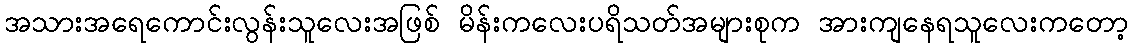
အသားအရေကောင်းလွန်းသူလေးအဖြစ် မိန်းကလေးပရိသတ်အများစုက အားကျနေရသူလေးကတော့